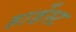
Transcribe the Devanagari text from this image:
हार्डेस्ट